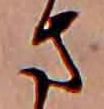
さ